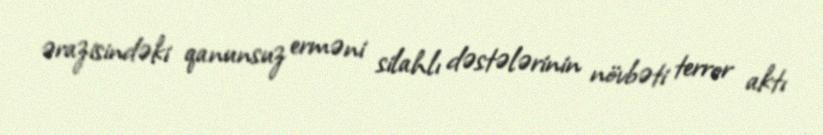
ərazisindəki qanunsuz erməni silahlı dəstələrinin növbəti terror aktı